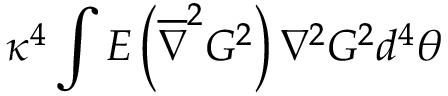
\kappa ^ { 4 } \int E \left( \overline { { { \nabla } } } ^ { 2 } G ^ { 2 } \right) \nabla ^ { 2 } G ^ { 2 } d ^ { 4 } \theta